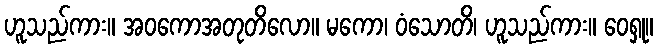
ဟူသည်ကား။ အဝကောအတုတိလော။ မကော၊ ဝံသောတိ၊ ဟူသည်ကား။ ဝေရှု။